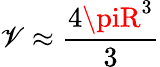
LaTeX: \mathscr{V}\approx\frac{{4\piR^{3}}}{{3}}